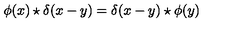
\phi ( x ) \star \delta ( x - y ) = \delta ( x - y ) \star \phi ( y )